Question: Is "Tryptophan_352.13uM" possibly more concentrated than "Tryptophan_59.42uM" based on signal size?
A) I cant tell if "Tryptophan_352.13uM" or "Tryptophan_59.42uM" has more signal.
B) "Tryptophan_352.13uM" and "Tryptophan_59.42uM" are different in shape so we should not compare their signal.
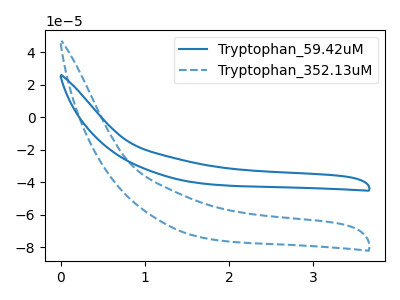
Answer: <think>The blue curve "Tryptophan_59.42uM" has no peaks. The blue dashed curve "Tryptophan_352.13uM" has no peaks.
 Neither "Tryptophan_352.13uM" or "Tryptophan_59.42uM" have any peaks.</think>
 <answer>A) I cant tell if "Tryptophan_352.13uM" or "Tryptophan_59.42uM" has more signal.</answer>
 <eval>A</eval>